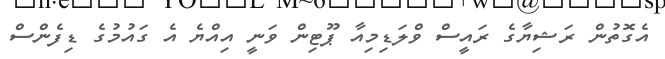
އެގޮތުން ރަޝިޔާގެ ރައީސް ވްލަޑިމިއާ ޕޫޓިން ވަނީ އިއްޔެ އެ ގައުމުގެ ޑިފެންސް